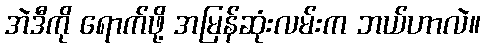
အဲဒီကို ရောက်ဖို့ အမြန်ဆုံးလမ်းက ဘယ်ဟာလဲ။